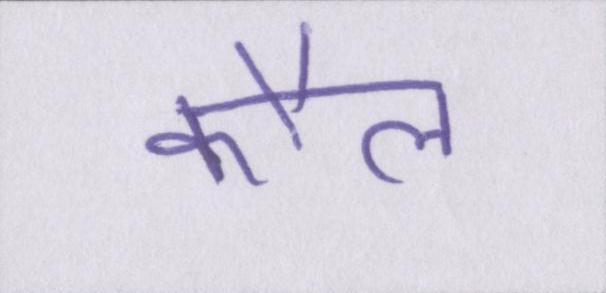
कौल